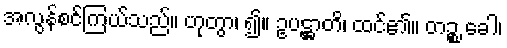
အလွန်စင်ကြယ်သည်။ ဟုတွာ၊ ၍။ ဥပဋ္ဌာတိ၊ ထင်၏။ တဉ္စ ခေါ၊